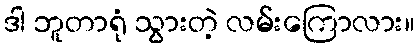
ဒါ ဘူတာရုံ သွားတဲ့ လမ်းကြောလား။